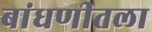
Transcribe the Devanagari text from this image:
बांधणीतला